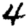
Digit: 4